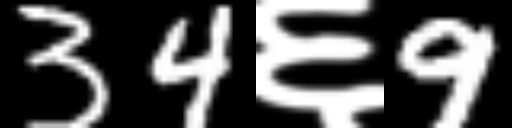
Text: 34६9